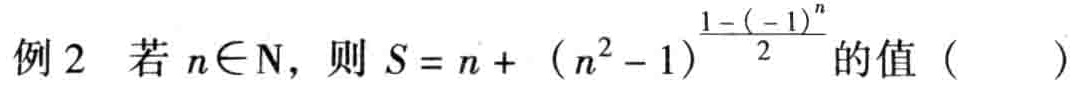
例2 若 \(n\in\mathrm{N}\)，则 \(S = n + (n^{2}-1)\frac{1 - (-1)^{n}}{2}\) 的值（  ）